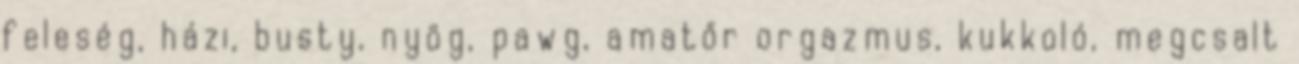
feleség, házi, busty, nyög, pawg, amatőr orgazmus, kukkoló, megcsalt